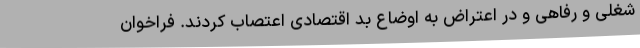
شغلی و رفاهی و در اعتراض به اوضاع بد اقتصادی اعتصاب کردند. فراخوان